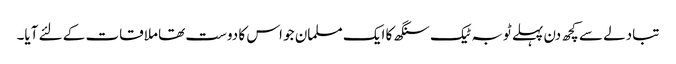
تبادلے سے کچھ دن پہلے ٹوبہ ٹیک سنگھ کا ایک مسلمان جو اس کا دوست تھا ملاقات کے لئے آیا۔